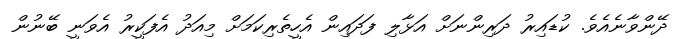
ދޭންވާނެއެވެ. ކުޑައިރު ދަރިންނަށް އަޅާލި ފަދައިން އެހީތެރިކަމަށް މިއަދު އެފަކީރު އެވަނީ ބޭނުން